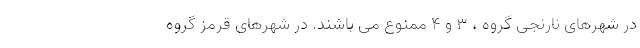
در شهرهای نارنجی گروه ، ۳ و ۴ ممنوع می باشند. در شهرهای قرمز گروه